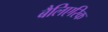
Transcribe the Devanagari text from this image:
बैलिएरिक